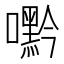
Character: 𭌘